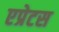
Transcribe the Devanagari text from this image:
एप्रेटस